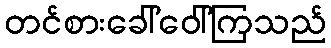
တင်စားခေါ်ဝေါ်ကြသည်